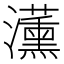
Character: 𭳵